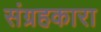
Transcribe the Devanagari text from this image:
संग्रहकारा